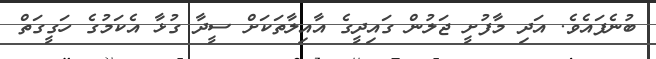
ބުނެފައެވެ. އަދި މާފުށީ ޖަލުން ގައިދީގެ އާއިލާތަކަށް ސީދާ ގުޅާ އެކަމުގެ ހަގީގަތް